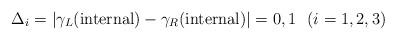
LaTeX: \begin{align*}\Delta_i=\vert\gamma_L({\rm internal})-\gamma_R({\rm internal})\vert=0,1~~(i=1,2,3)\end{align*}